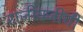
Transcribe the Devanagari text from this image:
राजीवजींची